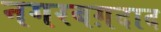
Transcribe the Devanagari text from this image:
नगरबग़दाद